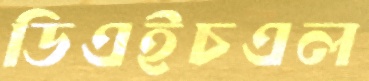
ডিএইচএল